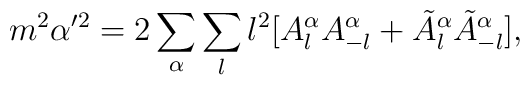
m^2\alpha'^2=2\sum_\alpha\sum_{l}l^2[A^\alpha_{l}A^\alpha_{-l}+\tilde{A}^\alpha_{l}\tilde{A}^\alpha_{-l}],